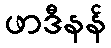
ဖာဒီနန်